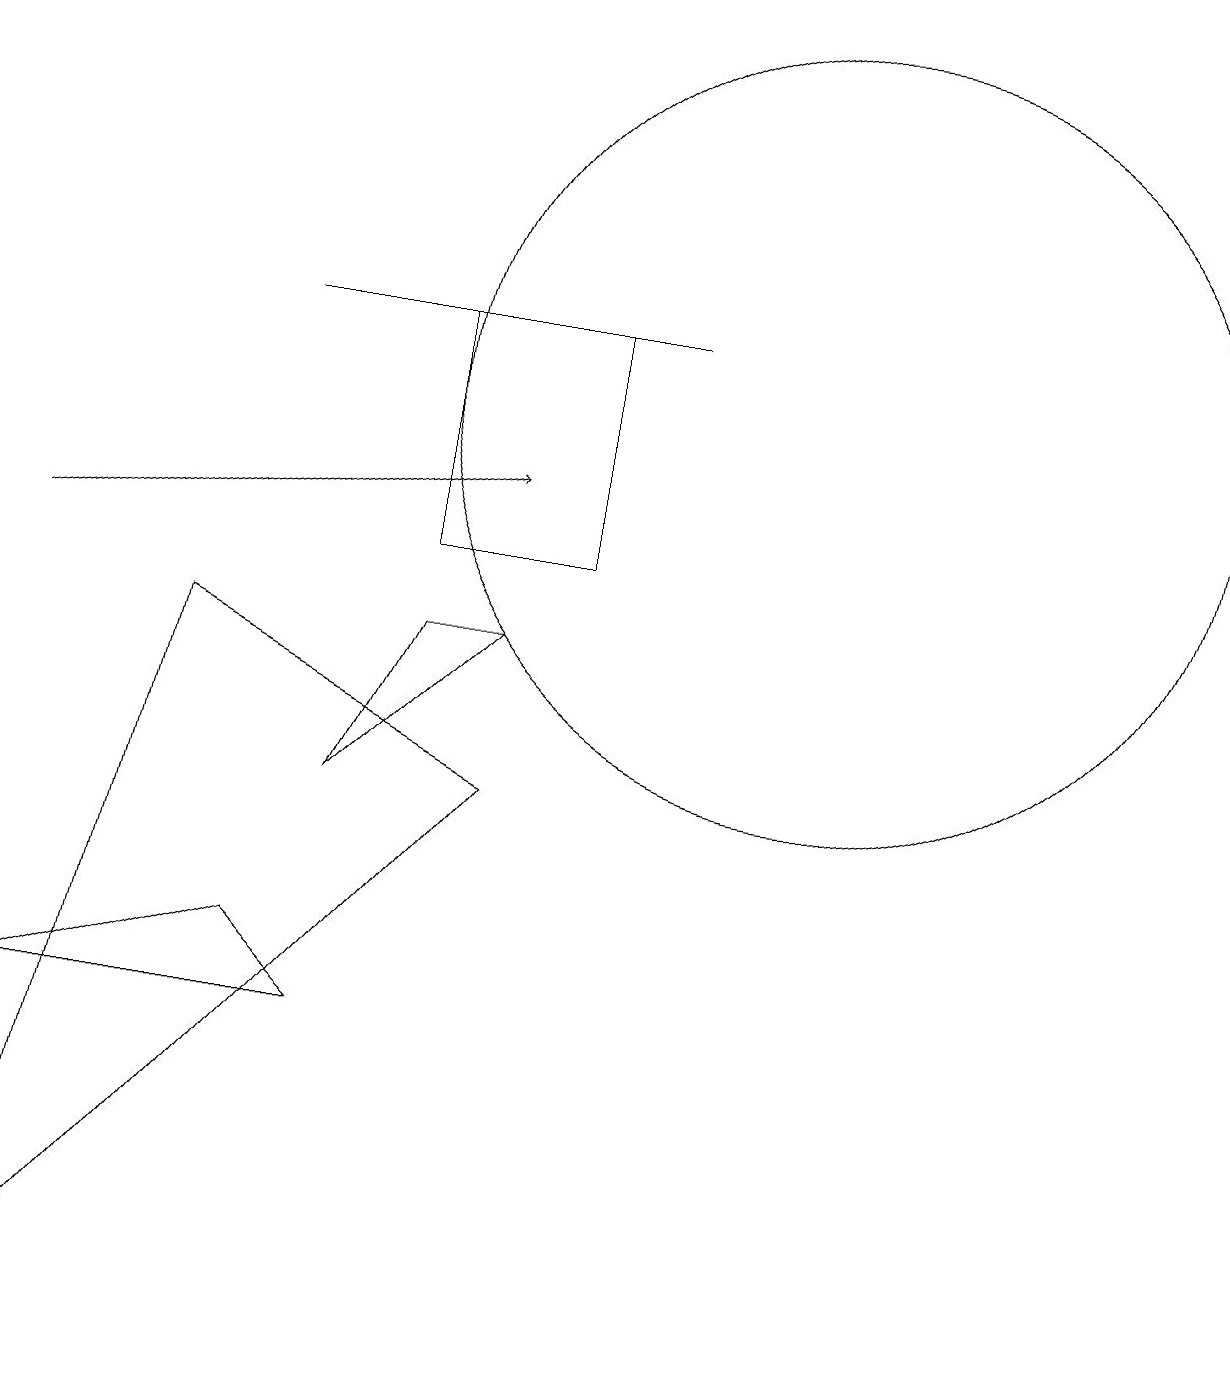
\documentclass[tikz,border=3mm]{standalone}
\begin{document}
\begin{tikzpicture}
\draw (10,12) circle (5);
\draw (6,9) -- (5,9) -- (4,7) -- cycle;
\draw (7,13) rectangle (5,10);
\draw[->] (0,10) -- (6,11);
\draw (8,13) rectangle (3,13);
\draw (6,7) -- (0,0) -- (2,9) -- cycle;
\draw (4,4) -- (0,4) -- (3,5) -- cycle;
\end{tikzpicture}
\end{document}